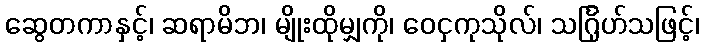
ဆွေတကာနှင့်၊ ဆရာမိဘ၊ မျိုးထိုမျှကို၊ ဝေငှကုသိုလ်၊ သင်္ဂြုဟ်သဖြင့်၊